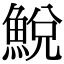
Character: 鮵